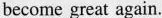
become great again.